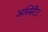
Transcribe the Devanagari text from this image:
अस्सिटैंट